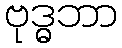
ဗုဒ္ဓဘာ